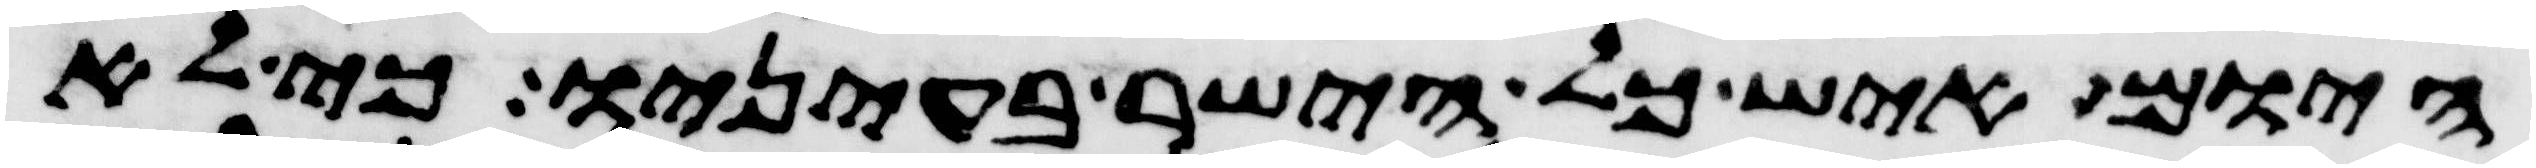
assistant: היום איש כל הישר בעיניו כי לא